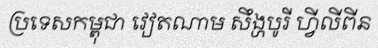
ប្រទេសកម្ពុជា វៀតណាម សឹង្ហបូរី ហ្វីលីពីន